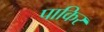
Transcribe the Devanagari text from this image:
पाकिर